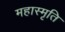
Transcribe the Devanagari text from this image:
महास्मृति